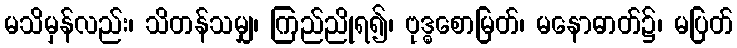
မသိမှန်လည်း၊ သိတန်သမျှ၊ ကြည်ညိုရ၍၊ ဗုဒ္ဓစောမြတ်၊ မနောဓာတ်၌၊ မပြတ်